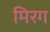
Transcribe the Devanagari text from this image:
मिरग